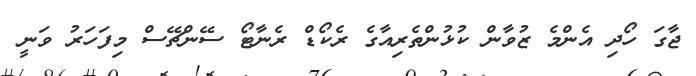
ޖާގަ ހޯދި އެންމެ ޒުވާން ކުޅުންތެރިއާގެ ރެކޯޑް ރެނާޓޯ ސޭންޗޭސް މިފަހަރު ވަނީ